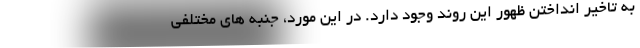
به تاخیر انداختن ظهور این روند وجود دارد. در این مورد، جنبه های مختلفی